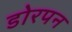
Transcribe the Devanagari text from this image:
डोरपन